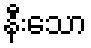
နီးသော